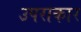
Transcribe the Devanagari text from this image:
उपराकार